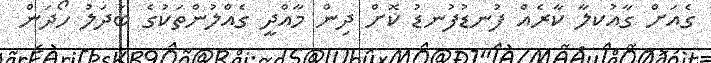
ގެއަށް ގާއުކލާ ކާރެއް ފުނޑުފުނޑު ކޮށް ދިން މާއްދީ ގެއްލުންތަކުގެ ބަދަލު ހޯދަން